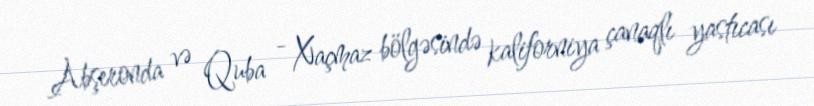
Abşeronda və Quba - Xaçmaz bölgəsində kaliforniya çanaqlı yastıcası